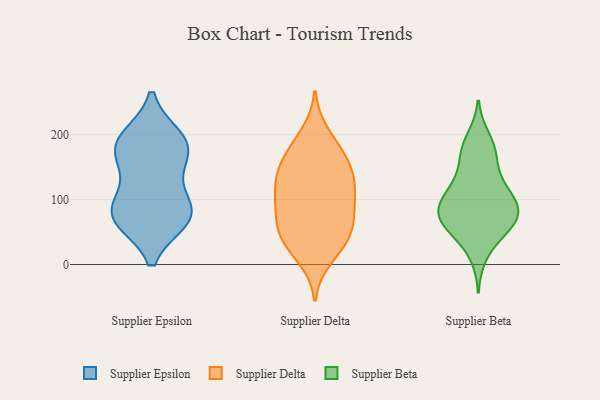
{"axis": {"x": "Revenue (USD Million)", "y": "Value"}, "legend": ["Supplier Beta", "Supplier Delta", "Supplier Epsilon"], "data": [{"x": "", "y": 172, "type": "Supplier Epsilon"}, {"x": "", "y": 83, "type": "Supplier Epsilon"}, {"x": "", "y": 82, "type": "Supplier Epsilon"}, {"x": "", "y": 72, "type": "Supplier Epsilon"}, {"x": "", "y": 195, "type": "Supplier Epsilon"}, {"x": "", "y": 188, "type": "Supplier Epsilon"}, {"x": "", "y": 162, "type": "Supplier Epsilon"}, {"x": "", "y": 188, "type": "Supplier Epsilon"}, {"x": "", "y": 69, "type": "Supplier Epsilon"}, {"x": "", "y": 121, "type": "Supplier Epsilon"}, {"x": "", "y": 71, "type": "Supplier Epsilon"}, {"x": "", "y": 81, "type": "Supplier Delta"}, {"x": "", "y": 137, "type": "Supplier Delta"}, {"x": "", "y": 80, "type": "Supplier Delta"}, {"x": "", "y": 142, "type": "Supplier Delta"}, {"x": "", "y": 11, "type": "Supplier Delta"}, {"x": "", "y": 122, "type": "Supplier Delta"}, {"x": "", "y": 200, "type": "Supplier Delta"}, {"x": "", "y": 69, "type": "Supplier Delta"}, {"x": "", "y": 179, "type": "Supplier Delta"}, {"x": "", "y": 31, "type": "Supplier Delta"}, {"x": "", "y": 112, "type": "Supplier Delta"}, {"x": "", "y": 124, "type": "Supplier Delta"}, {"x": "", "y": 45, "type": "Supplier Delta"}, {"x": "", "y": 93, "type": "Supplier Delta"}, {"x": "", "y": 44, "type": "Supplier Delta"}, {"x": "", "y": 157, "type": "Supplier Delta"}, {"x": "", "y": 169, "type": "Supplier Delta"}, {"x": "", "y": 39, "type": "Supplier Delta"}, {"x": "", "y": 116, "type": "Supplier Beta"}, {"x": "", "y": 44, "type": "Supplier Beta"}, {"x": "", "y": 169, "type": "Supplier Beta"}, {"x": "", "y": 87, "type": "Supplier Beta"}, {"x": "", "y": 62, "type": "Supplier Beta"}, {"x": "", "y": 60, "type": "Supplier Beta"}, {"x": "", "y": 100, "type": "Supplier Beta"}, {"x": "", "y": 128, "type": "Supplier Beta"}, {"x": "", "y": 195, "type": "Supplier Beta"}, {"x": "", "y": 84, "type": "Supplier Beta"}, {"x": "", "y": 85, "type": "Supplier Beta"}, {"x": "", "y": 14, "type": "Supplier Beta"}, {"x": "", "y": 179, "type": "Supplier Beta"}, {"x": "", "y": 138, "type": "Supplier Beta"}, {"x": "", "y": 80, "type": "Supplier Beta"}, {"x": "", "y": 86, "type": "Supplier Beta"}, {"x": "", "y": 62, "type": "Supplier Beta"}, {"x": "", "y": 108, "type": "Supplier Beta"}, {"x": "", "y": 174, "type": "Supplier Beta"}, {"x": "", "y": 59, "type": "Supplier Beta"}]}